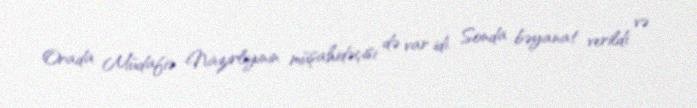
Orada Müdafiə Nazirliyinin müşahidəçisi də var idi. Sonda bəyanat verildi və